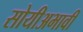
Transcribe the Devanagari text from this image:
सोयीअभावी